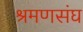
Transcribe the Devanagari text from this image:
श्रमणसंघ